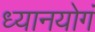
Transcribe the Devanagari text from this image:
ध्यानयोगं